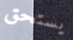
يستحق